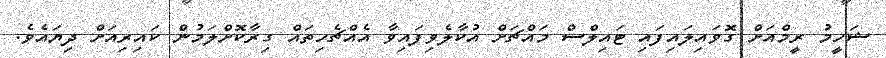
ޝަހީމު ރީމްއަށް ގޮވައިލައިފައި ޓައިލްސް މައްޗަށް އުކާލެވިފައިވާ އެއްޗެހިތައް ގިރާކޮށްލަމުން ކައިރިއަށް ދިޔައެވެ.